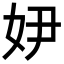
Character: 𡛂